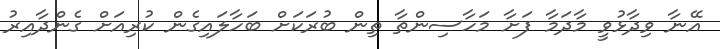
އޭނާ ވިދާޅުވީ މާދަމާ ފަށާ މަހާސިންތާ ތިން ބުރަކަށް ބަހާލައިގެން ކުރިއަށް ގެންދާއިރު